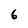
Character: 6